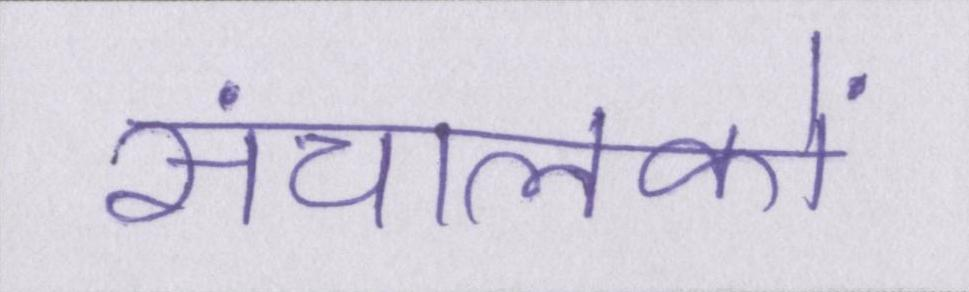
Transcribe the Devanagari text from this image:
संचालकों